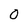
Character: 0